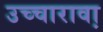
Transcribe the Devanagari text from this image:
उच्चारावा़